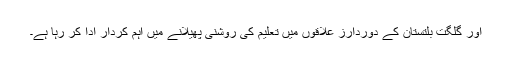
اور گلگت بلتستان کے دوردارز علاقوں میں تعلیم کی روشنی پھیلانے میں اہم کردار ادا کر رہا ہے۔